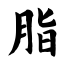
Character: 脂